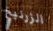
الزرنيخ